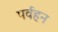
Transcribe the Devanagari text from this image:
पर्वहन